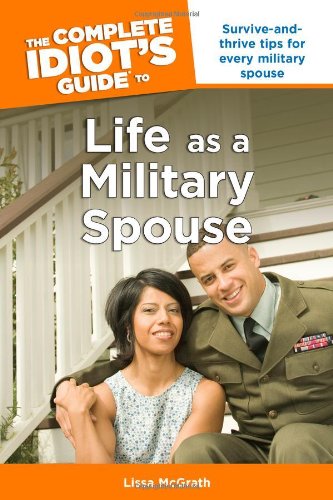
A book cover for The Complete Idiot's Guide to Life as a Military Spouse; Lissa McGrath; Parenting & Relationships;